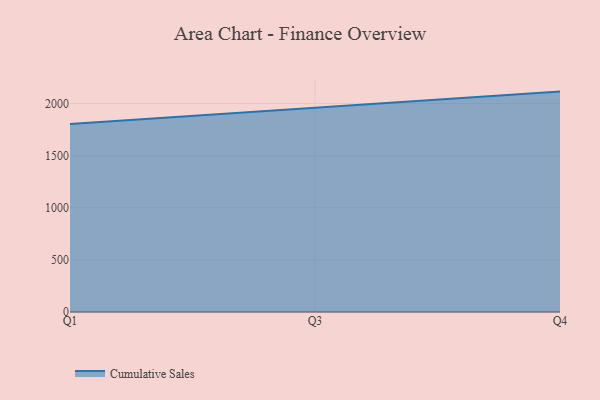
{"axis": {"x": "Quarter", "y": "Waste Production (Tons)"}, "legend": ["Cumulative Sales"], "data": [{"x": "Q1", "y": 1804.1, "type": "Cumulative Sales"}, {"x": "Q3", "y": 1959.1, "type": "Cumulative Sales"}, {"x": "Q4", "y": 2114.7, "type": "Cumulative Sales"}]}